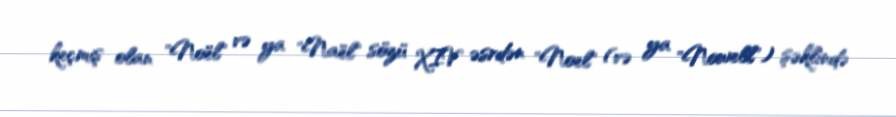
keçmiş olan "Noël" və ya "Naël" sözü XIV əsrdən "Noel" (və ya "Nowell") şəklində